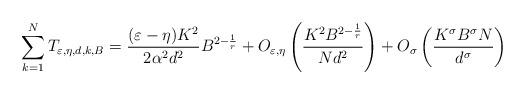
LaTeX: \begin{align*}\sum_{k=1}^{N}T_{\varepsilon,\eta,d,k,B}=\frac{(\varepsilon-\eta) K^2}{2\alpha^2 d^2}B^{2-\frac{1}{r}}+O_{\varepsilon,\eta}\left(\frac{K^2 B^{2-\frac{1}{r}}}{N d^2}\right)+O_{\sigma}\left(\frac{K^\sigma B^\sigma N}{d^\sigma}\right)\end{align*}